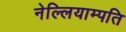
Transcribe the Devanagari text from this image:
नेल्लियाम्पति